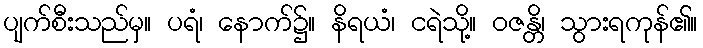
ပျက်စီးသည်မှ။ ပရံ၊ နောက်၌။ နိရယံ၊ ငရဲသို့။ ဝဇန္တိ၊ သွားရကုန်၏။